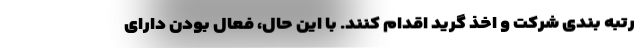
رتبه بندی شرکت و اخذ گرید اقدام کنند. با این حال، فعال بودن دارای